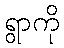
ရွာကို